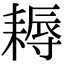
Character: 耨